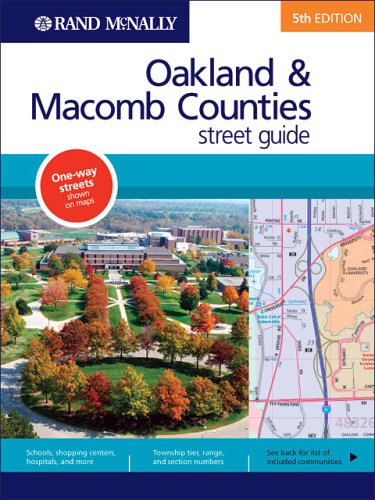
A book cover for Rand McNally Oakland & Macomb Counties, Michigan: Street Guide; Rand McNally and Company; Travel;